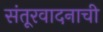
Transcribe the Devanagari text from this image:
संतूरवादनाची